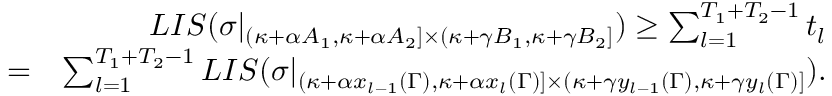
\begin{array} { r l r } & { } & { L I S ( \sigma | _ { ( \kappa + \alpha A _ { 1 } , \kappa + \alpha A _ { 2 } ] \times ( \kappa + \gamma B _ { 1 } , \kappa + \gamma B _ { 2 } ] } ) \geq \sum _ { l = 1 } ^ { T _ { 1 } + T _ { 2 } - 1 } t _ { l } } \\ & { = } & { \sum _ { l = 1 } ^ { T _ { 1 } + T _ { 2 } - 1 } L I S ( \sigma | _ { ( \kappa + \alpha x _ { l - 1 } ( \Gamma ) , \kappa + \alpha x _ { l } ( \Gamma ) ] \times ( \kappa + \gamma y _ { l - 1 } ( \Gamma ) , \kappa + \gamma y _ { l } ( \Gamma ) ] } ) . } \end{array}